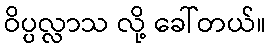
ဝိပ္ပလ္လာသ လို့ ခေါ်တယ်။